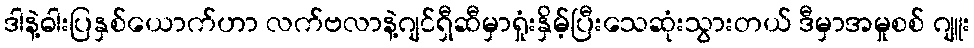
ဒါနဲ့ဓါးပြနှစ်ယောက်ဟာ လက်ဗလာနဲ့ဂျင်ရှီဆီမှာရှုံးနှိမ့်ပြီးသေဆုံးသွားတယ် ဒီမှာအမှုစစ် ဂျူး